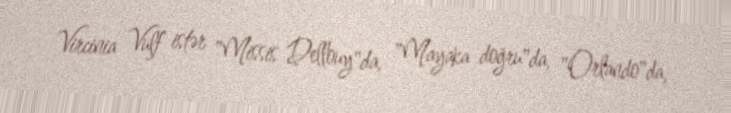
Vircinia Vulf istər "Missis Dellouy"da, "Mayaka doğru"da, "Orlando"da,